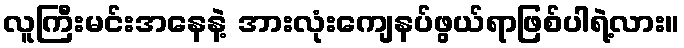
လူကြီးမင်းအနေနဲ့ အားလုံးကျေနပ်ဖွယ်ရာဖြစ်ပါရဲ့လား။